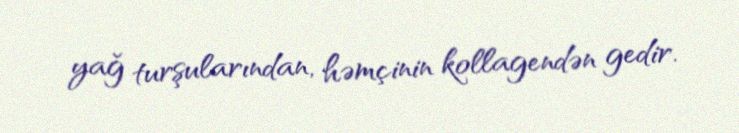
yağ turşularından, həmçinin kollagendən gedir.